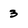
Character: 3